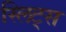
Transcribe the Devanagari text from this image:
स्लिट्स